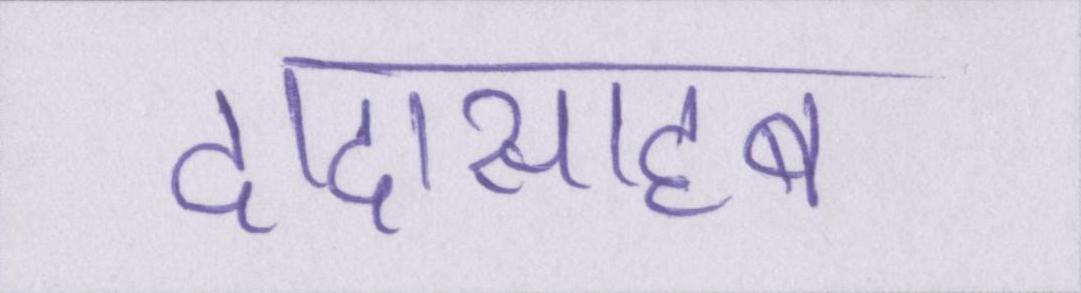
दादासाहब